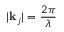
| \mathbf { k } _ { j } | = \frac { 2 \pi } { \lambda }